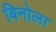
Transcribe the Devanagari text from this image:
बिनोला